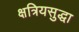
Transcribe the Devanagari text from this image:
क्षत्रियसुद्धा